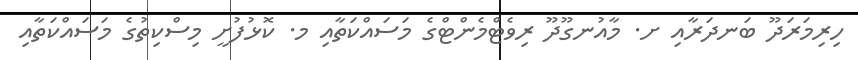
ހިރިމަރަދޫ ބަނދަރާއި ށ. މާއުނގޫދޫ ރިވެޓްމެންޓްގެ މަސައްކަތާއި މ. ކޮޅުފުށީ މިސްކިތުގެ މަސައްކަތާއި